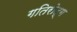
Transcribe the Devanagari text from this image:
गतिरोद्ग